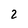
Character: 2